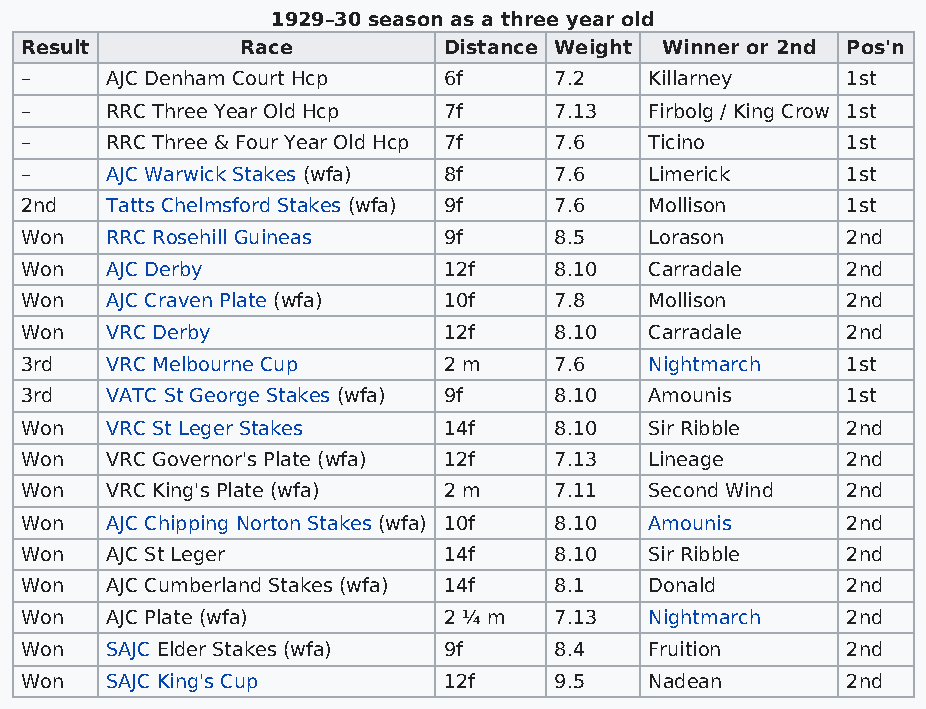
1929–30 season as a three year old
 Result         Race         Distance Weight Winner or 2nd Pos'n
 –     AJC Denham Court Hcp  6f      7.2   Killarney    1st
 –     RRC Three Year Old Hcp 7f     7.13  Firbolg / King Crow 1st
 –     RRC Three & Four Year Old Hcp 7f 7.6 Ticino      1st
 –     AJC Warwick Stakes (wfa) 8f   7.6   Limerick     1st
 2nd   Tatts Chelmsford Stakes (wfa) 9f 7.6 Mollison    1st
 Won   RRC Rosehill Guineas  9f      8.5   Lorason      2nd
 Won   AJC Derby             12f     8.10  Carradale    2nd
 Won   AJC Craven Plate (wfa) 10f    7.8   Mollison     2nd
 Won   VRC Derby             12f     8.10  Carradale    2nd
 3rd   VRC Melbourne Cup     2 m     7.6   Nightmarch   1st
 3rd   VATC St George Stakes (wfa) 9f 8.10 Amounis      1st
 Won   VRC St Leger Stakes   14f     8.10  Sir Ribble   2nd
 Won   VRC Governor's Plate (wfa) 12f 7.13 Lineage      2nd
 Won   VRC King's Plate (wfa) 2 m    7.11  Second Wind  2nd
 Won   AJC Chipping Norton Stakes (wfa) 10f 8.10 Amounis 2nd
 Won   AJC St Leger          14f     8.10  Sir Ribble   2nd
 Won   AJC Cumberland Stakes (wfa) 14f 8.1 Donald       2nd
 Won   AJC Plate (wfa)       2 ¼ m   7.13  Nightmarch   2nd
 Won   SAJC Elder Stakes (wfa) 9f    8.4   Fruition     2nd
 Won   SAJC King's Cup       12f     9.5   Nadean       2nd